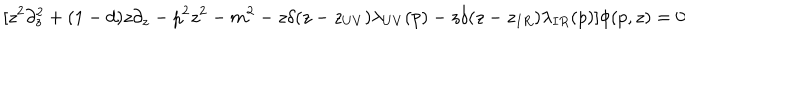
[ z ^ { 2 } \partial _ { z } ^ { 2 } + ( 1 - d ) z \partial _ { z } - p ^ { 2 } z ^ { 2 } - m ^ { 2 } - z \delta ( z - z _ { U V } ) \lambda _ { U V } ( p ) - z \delta ( z - z _ { I R } ) \lambda _ { I R } ( p ) ] \phi ( p , z ) = 0